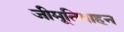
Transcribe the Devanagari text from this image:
जीमूतिवाहन